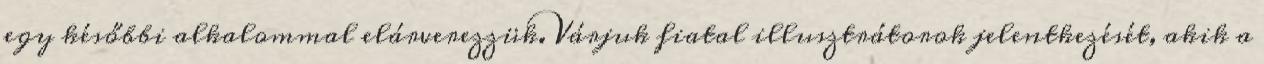
egy későbbi alkalommal elárverezzük.Várjuk fiatal illusztrátorok jelentkezését, akik a